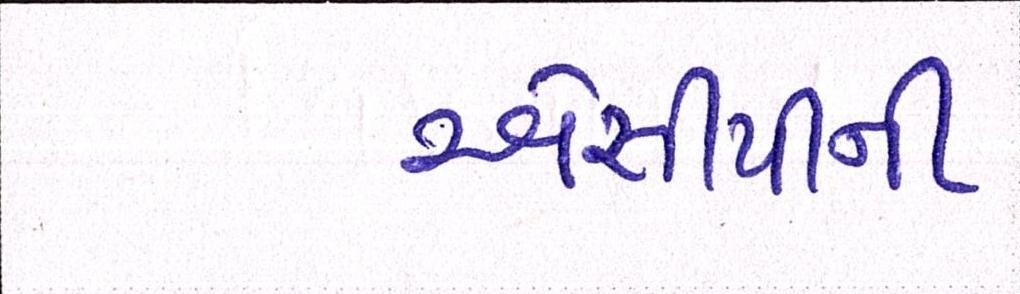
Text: એસીપીની